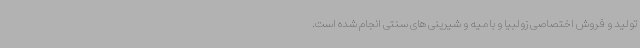
تولید و فروش اختصاصی زولبیا و بامیه و شیرینی های سنتی انجام شده است.